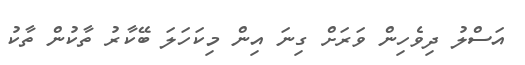
އަސްލު ދިވެހިން ވަރަށް ގިނަ އިން މިކަހަލަ ބޭކާރު ތާކުން ތާކު